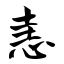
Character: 恚